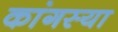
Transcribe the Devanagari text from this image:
कांगस्या